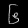
Digit: ၆